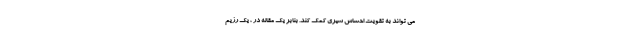
می تواند به تقویت احساس سیری کمک کند. بنابر یک مقاله در ، یک رژیم